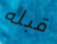
قبله